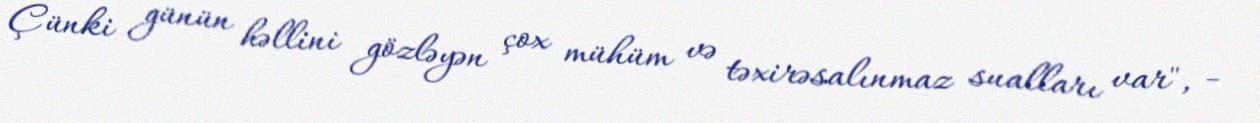
Çünki günün həllini gözləyən çox mühüm və təxirəsalınmaz sualları var", -